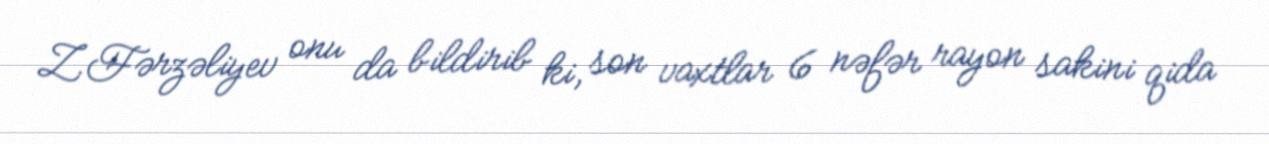
Z.Fərzəliyev onu da bildirib ki, son vaxtlar 6 nəfər rayon sakini qida